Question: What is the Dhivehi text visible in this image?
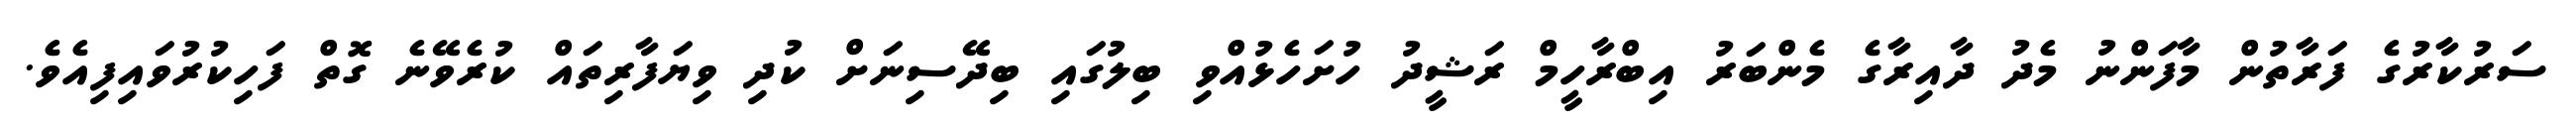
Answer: ސަރުކާރުގެ ފަރާތުން މާފަންނު މެދު ދާއިރާގެ މެންބަރު އިބްރާހީމް ރަޝީދު ހުށަހެޅުއްވި ބިލުގައި ބިދޭސިނަށް ކުދި ވިޔަފާރިތައް ކުރެވޭނެ ގޮތް ފަހިކުރުވައިފިއެވެ.